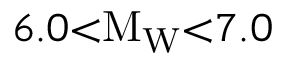
6 . 0 { < } \mathrm { M } _ { \mathrm { W } } { < } 7 . 0